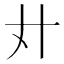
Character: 𢌭